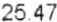
25.47